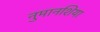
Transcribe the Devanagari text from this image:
नुमानशिया